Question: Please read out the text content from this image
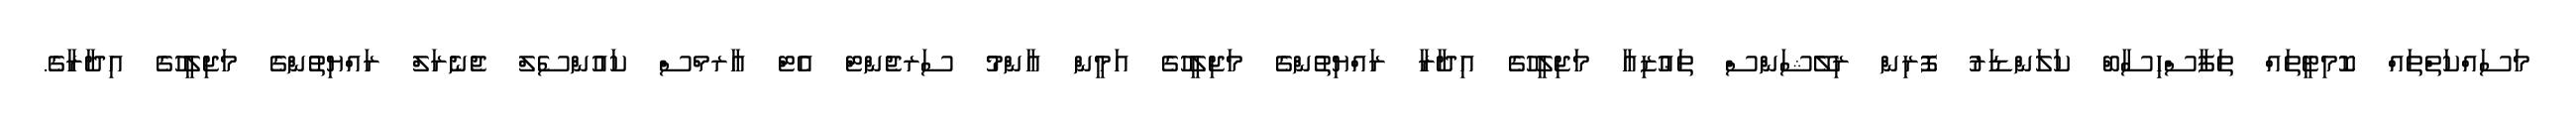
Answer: މަސައްކަތްތައް ކޮމިޓީތައް ތަފާސްހިސާބް ކަލަންޑަރު ފޮރިން ރިލޭޝަންސް ތަޢުޒިއާ މަޖިލީހުގެ އިދާރާ ރައްޔިތުންގެ މަޖިލީހުގެ އަމީން ޢާންމު ސަރޖެންޓް އެޓް އާރމްސް ކައުންސެލް ޖެނެރަލް ރައްޔިތުންގެ މަޖިލީހުގެ އިދާރާގެ.